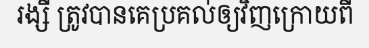
រង្សី ត្រូវបានគេប្រគល់ឲ្យវិញក្រោយពី